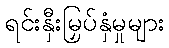
ရင်းနှီးမြှပ်နှံမှုများ